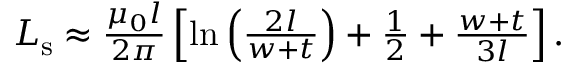
\begin{array} { r } { L _ { \mathrm { s } } \approx \frac { \mu _ { 0 } l } { 2 \pi } \left[ \ln \left( \frac { 2 l } { w + t } \right) + \frac { 1 } { 2 } + \frac { w + t } { 3 l } \right] . } \end{array}